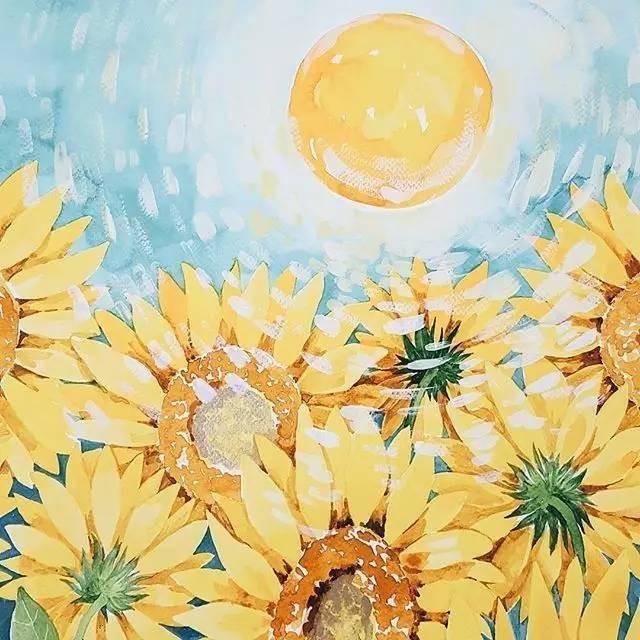
昨日春如，十三女儿学绣。